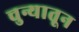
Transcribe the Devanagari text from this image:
चुन्यातून